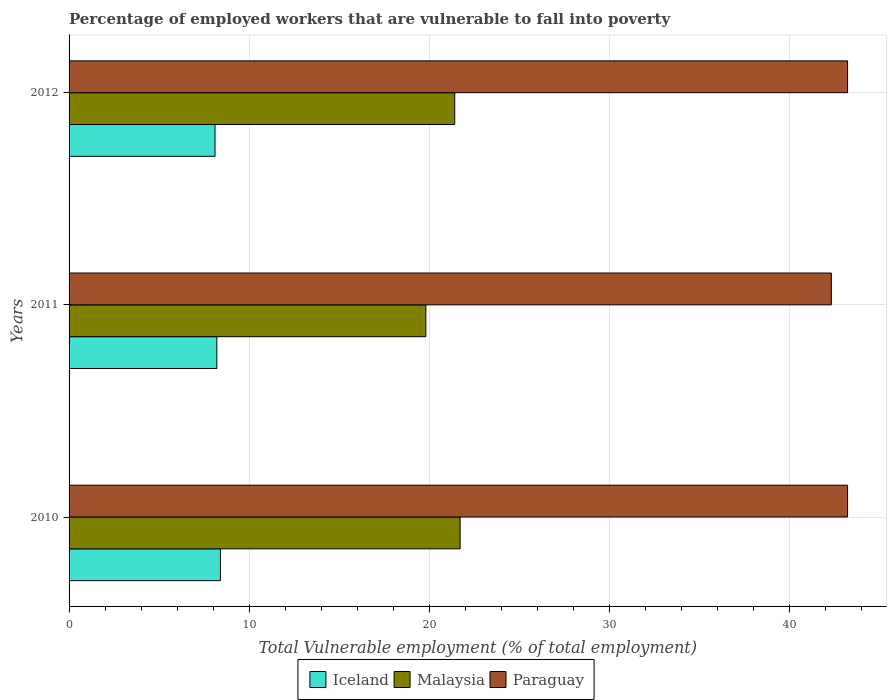
| Years | Iceland | Malaysia | Paraguay |
 | --- | --- | --- | --- |
 | 2010 | 8.4 | 21.7 | 43.2 |
 | 2011 | 8.2 | 19.8 | 42.3 |
 | 2012 | 8.1 | 21.4 | 43.2 |